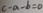
c - a - b = 0